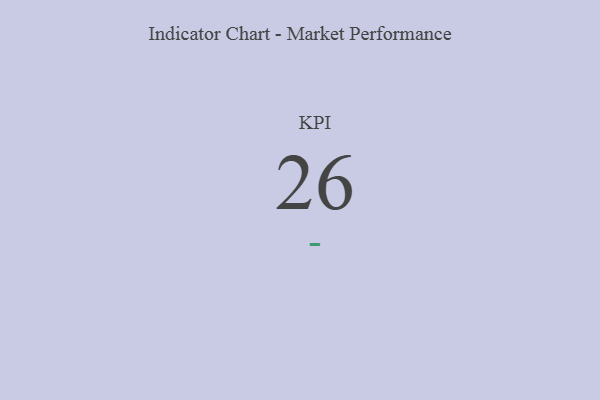
{"axis": {"x": "KPI", "y": "Value"}, "legend": [""], "data": [{"x": "KPI", "y": 26, "type": ""}]}